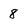
Character: 8